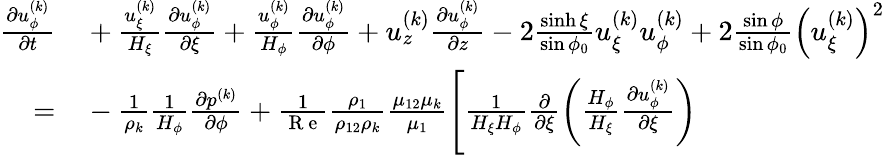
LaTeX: \begin{array}{r}{\begin{array}{rl}{\frac{\partial u_{\phi}^{(k)}}{\partial t}}&{{}+\frac{u_{\xi}^{(k)}}{H_{\xi}}\frac{\partial u_{\phi}^{(k)}}{\partial\xi}+\frac{u_{\phi}^{(k)}}{H_{\phi}}\frac{\partial u_{\phi}^{(k)}}{\partial\phi}+u_{z}^{(k)}\frac{\partial u_{\phi}^{(k)}}{\partial z}-2\frac{\sinh\xi}{\sin\phi_{0}}u_{\xi}^{(k)}u_{\phi}^{(k)}+2\frac{\sin\phi}{\sin\phi_{0}}\left(u_{\xi}^{(k)}\right)^{2}}\\ {=}&{{}-\frac{1}{\rho_{k}}\frac{1}{H_{\phi}}\frac{\partial p^{(k)}}{\partial\phi}+\frac{1}{\mathrm{~R~e~}}\frac{\rho_{1}}{\rho_{12}\rho_{k}}\frac{\mu_{12}\mu_{k}}{\mu_{1}}\Biggl[\frac{1}{H_{\xi}H_{\phi}}\frac{\partial}{\partial\xi}\biggl(\frac{H_{\phi}}{H_{\xi}}\frac{\partial u_{\phi}^{(k)}}{\partial\xi}\biggr)}\end{array}}\end{array}